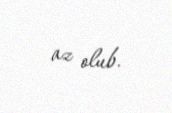
az olub.